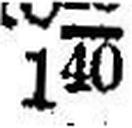
140